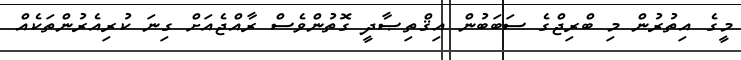
މީގެ އިތުރުން މި ބްރިޖްގެ ސަބަބުން އިޤްތިޞާދީ ގޮތުންވެސް ރާއްޖެއަށް ގިނަ ކުރިއެރުންތަކެއް